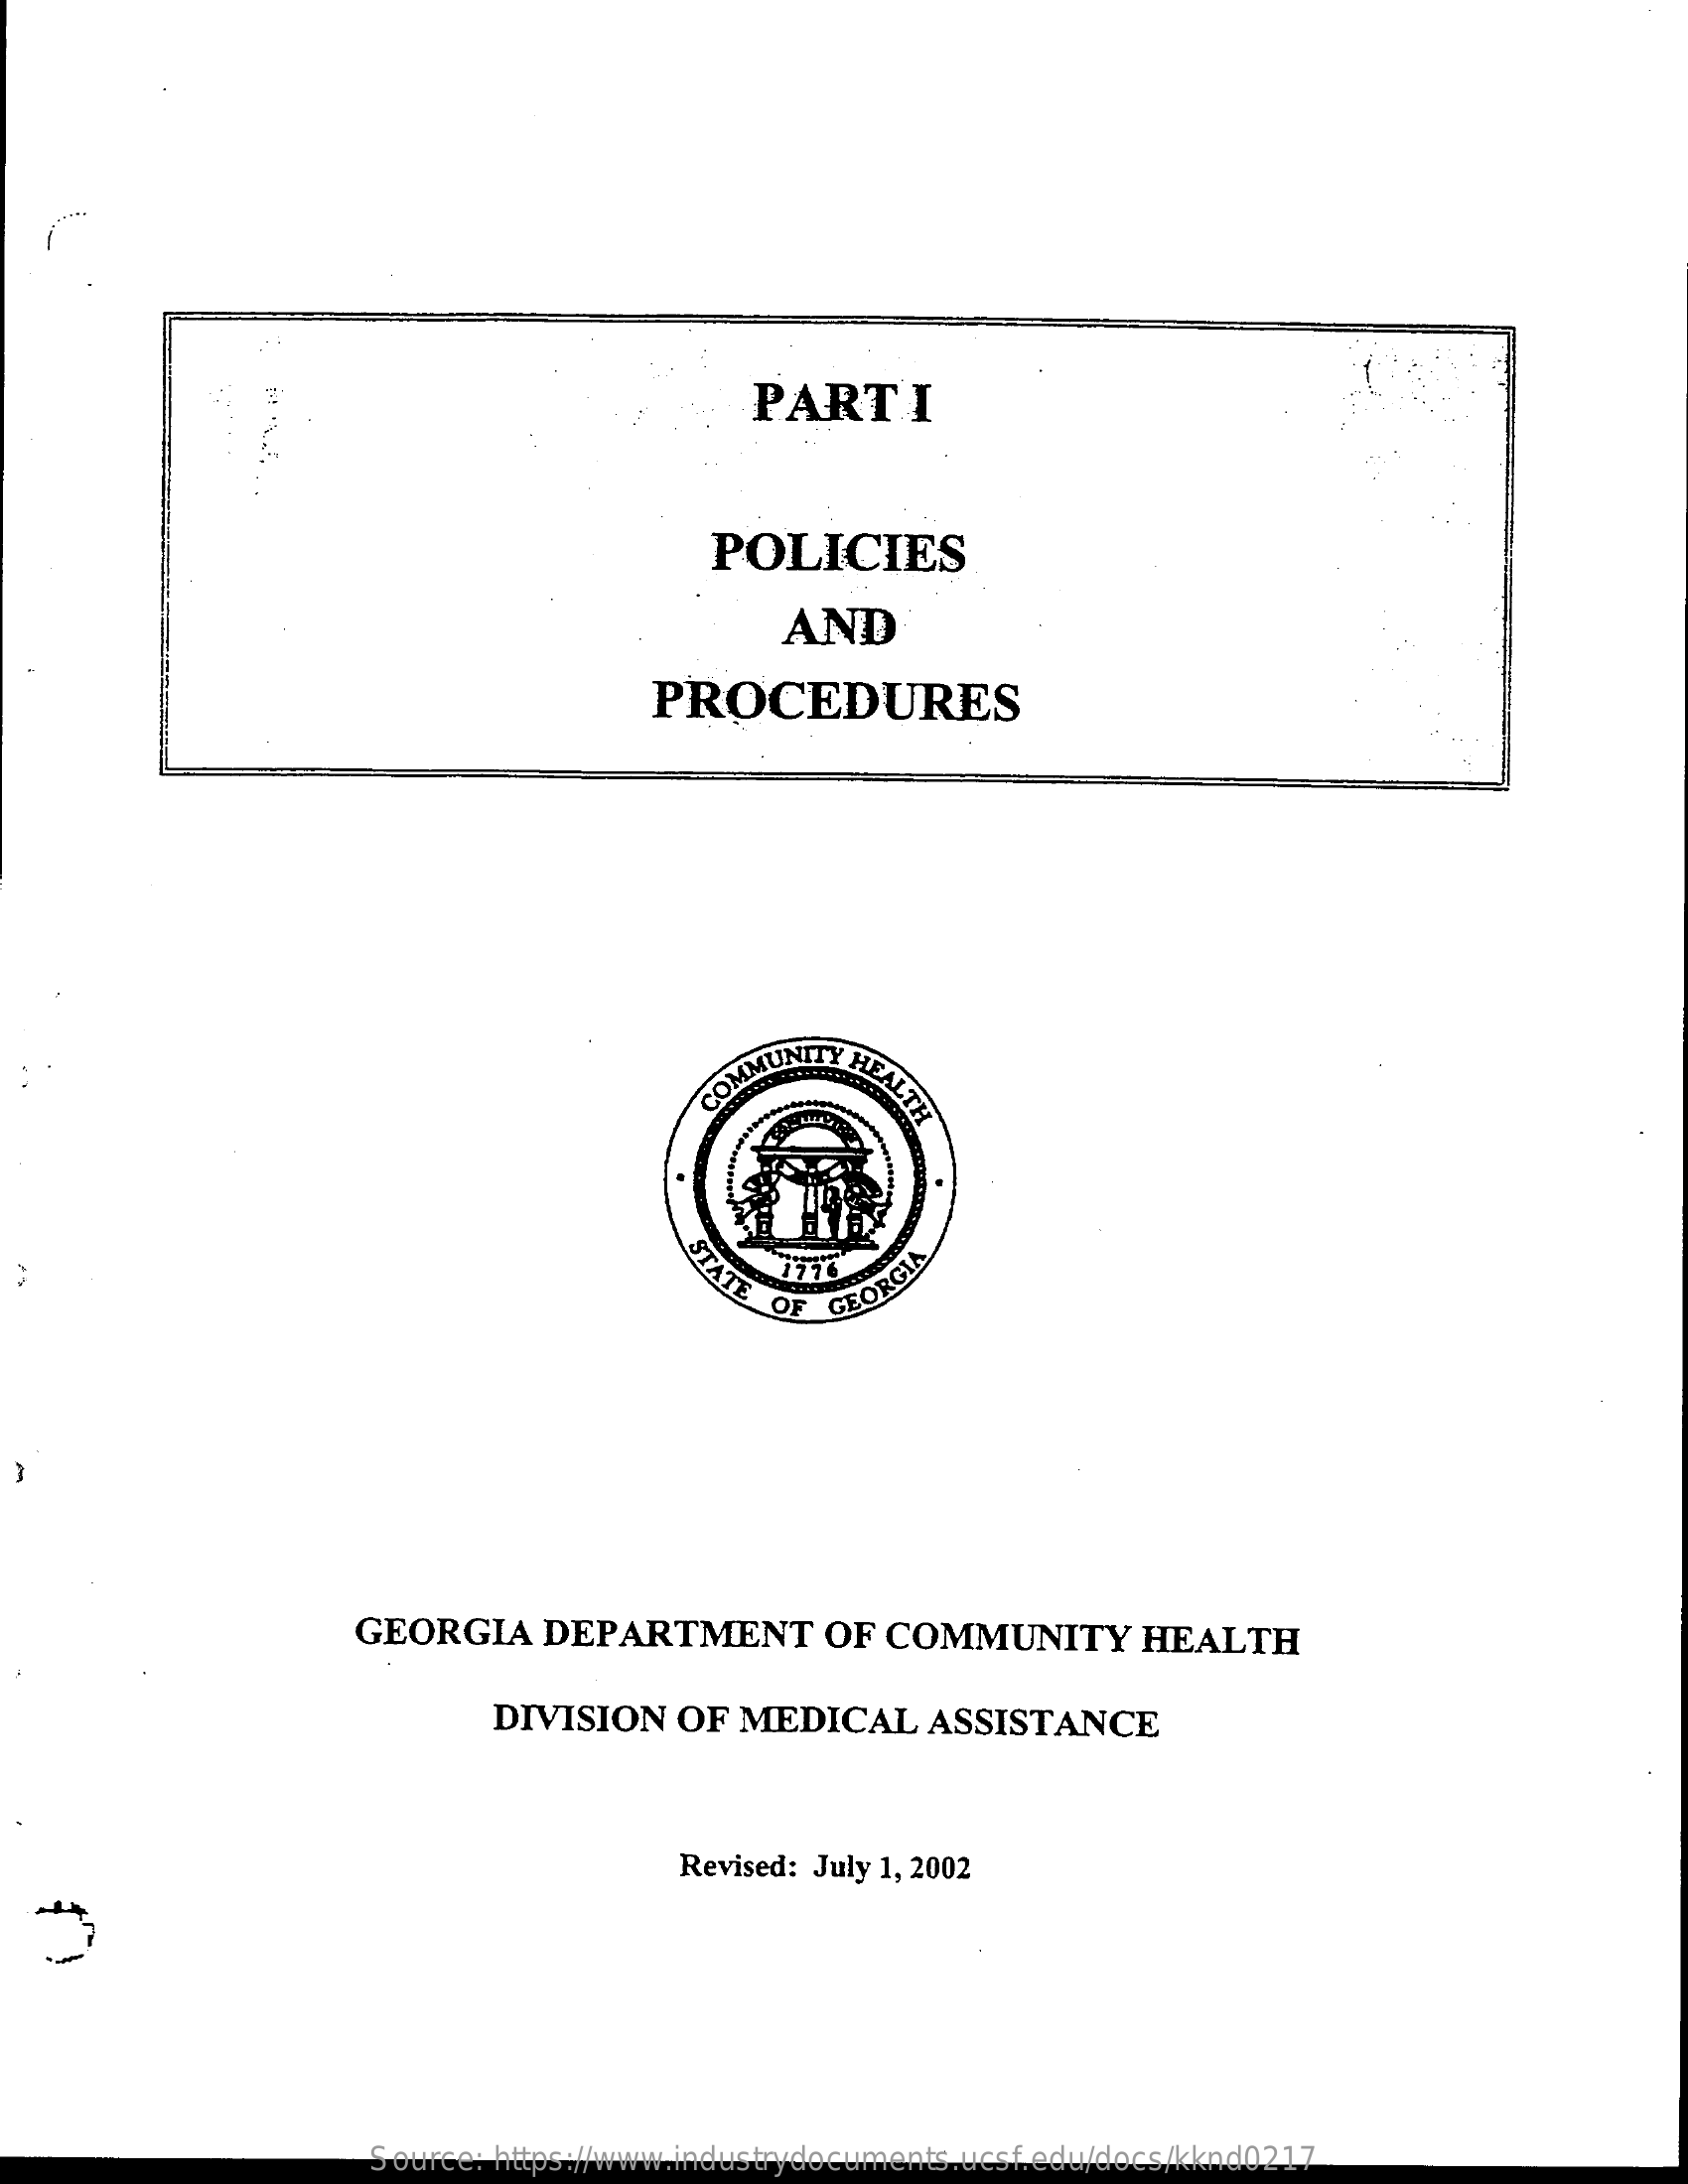
PARTI
     POLICIES
     AND
     PROCEDURES
     Y
     HEALTH COMMUNI
     STATE
     OF
     GEORGIA
     GEORGIA    DEPARTMENT    OF COMMUNITY    HEALTH
     DIVISION   OF  MEDICAL    ASSISTANCE
     Revised: July 1, 2002
     Source: https://www.industrydocuments.ucsf.edu/docs/kknd0217